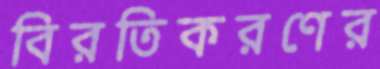
বিরতিকরণের